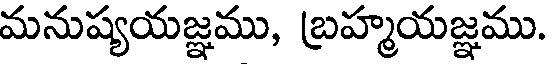
మనుష్యయజ్ఞము, బ్రహ్మయజ్ఞము.